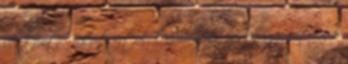
jól színtű hsz-t írtál. Én meg egyedül maradtam e